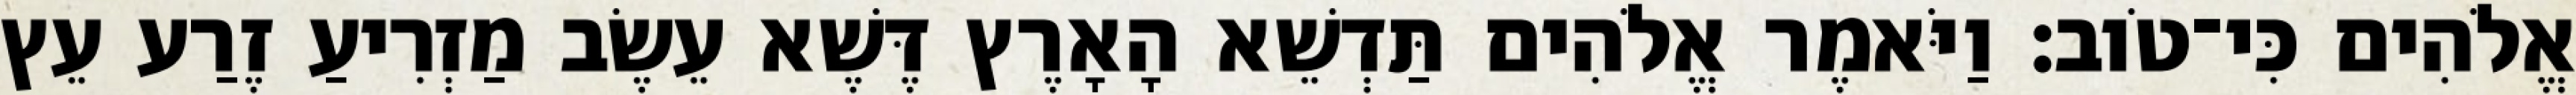
אֱלֹהִים כִּי־טֹוב׃ וַיֹּאמֶר אֱלֹהִים תַּדְשֵׁא הָאָרֶץ דֶּשֶׁא עֵשֶׂב מַזְרִיעַ זֶרַע עֵץ